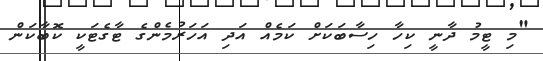
"މި ޓީމު ދާނީ ކިހާ ހިސާބަކަށް ކަމެއް އަދި އަހަރުމެންގެ ޓާގެޓަކީ ކޮބާކަން